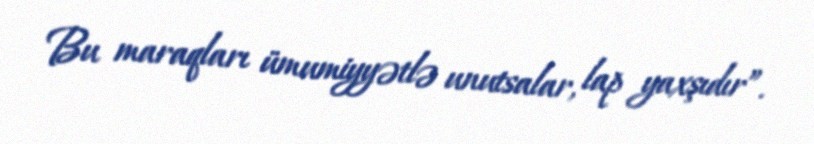
Bu maraqları ümumiyyətlə unutsalar, lap yaxşıdır”.